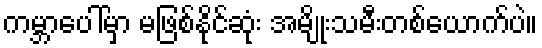
ကမ္ဘာပေါ်မှာ မဖြစ်နိုင်ဆုံး အမျိုးသမီးတစ်ယောက်ပဲ။